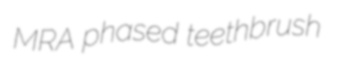
MRA phased teethbrush